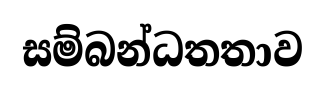
සම්බන්ධතතාව